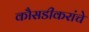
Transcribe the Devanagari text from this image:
कौसडीकरांचे